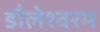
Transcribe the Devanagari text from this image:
डौलेश्वरम